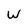
Character: W